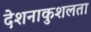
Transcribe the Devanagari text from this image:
देशनाकुशलता